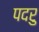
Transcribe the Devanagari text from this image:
पदरु